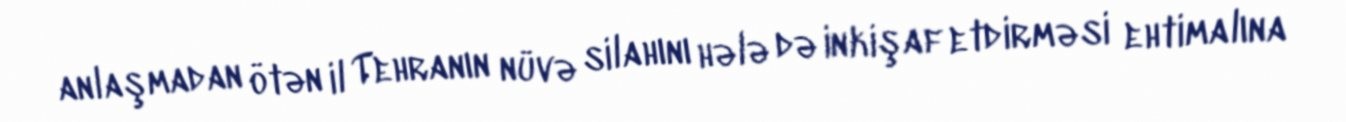
anlaşmadan ötən il Tehranın nüvə silahını hələ də inkişaf etdirməsi ehtimalına